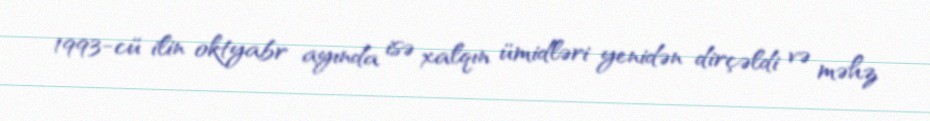
1993-cü ilin oktyabr ayında isə xalqın ümidləri yenidən dirçəldi və məhz